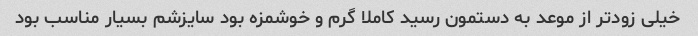
خیلی زودتر از موعد به دستمون رسید کاملا گرم و خوشمزه بود سایزشم بسیار مناسب بود